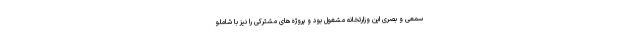
سمعی و بصری این وزارتخانه مشغول بود و پروژه‌های مشترکی را نیز با شاملو